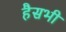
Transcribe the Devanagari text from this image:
हैसभी